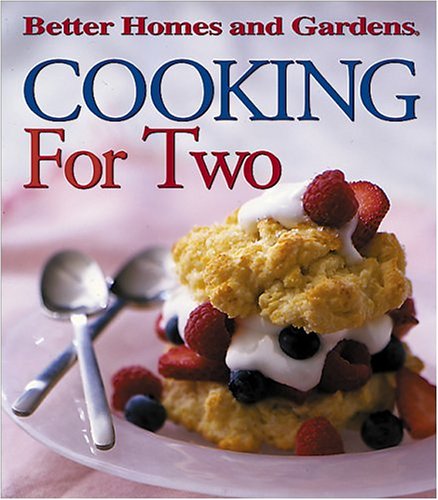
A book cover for Cooking for Two (Better Homes & Gardens); Better Homes and Gardens; Cookbooks, Food & Wine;